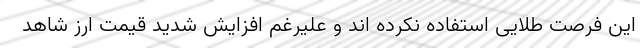
این فرصت طلایی استفاده نکرده اند و علیرغم افزایش شدید قیمت ارز شاهد